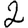
Digit: 2